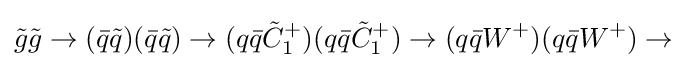
{\tilde {g}}{\tilde {g}}\rightarrow ({\bar {q}}{\tilde {q}})({\bar {q}}{\tilde {q}})\rightarrow (q{\bar {q}}{\tilde {C}}_{1}^{+})(q{\bar {q}}{\tilde {C}}_{1}^{+})\rightarrow (q{\bar {q}}W^{+})(q{\bar {q}}W^{+})\rightarrow